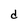
Character: d